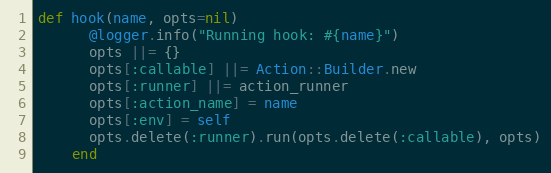
Language: Ruby
def hook(name, opts=nil)
      @logger.info("Running hook: #{name}")
      opts ||= {}
      opts[:callable] ||= Action::Builder.new
      opts[:runner] ||= action_runner
      opts[:action_name] = name
      opts[:env] = self
      opts.delete(:runner).run(opts.delete(:callable), opts)
    end